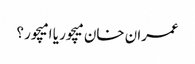
عمران خان میچور یا امیچور ؟